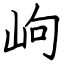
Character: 岣